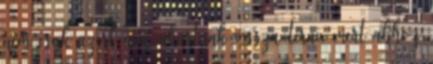
nem csak azért nem akartunk vissza térni, mert ahhoz